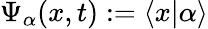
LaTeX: \Psi_{\alpha}(x,t):=\langle x|\alpha\rangle